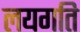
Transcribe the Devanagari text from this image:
लयगति